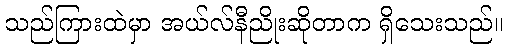
သည်ကြားထဲမှာ အယ်လ်နီညိုးဆိုတာက ရှိသေးသည်။